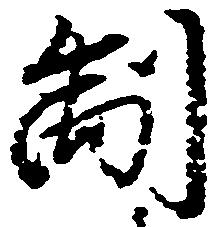
制